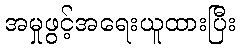
အမှုဖွင့်အရေးယူထားပြီး